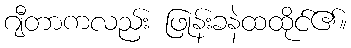
ဂျီတာကလည်း ဖြုန်းခနဲထထိုင်၏။